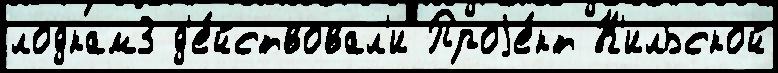
лодкам3 д'е́йствовал'и Проjе́кт К'ильской